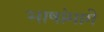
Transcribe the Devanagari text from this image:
भाषांमागे